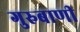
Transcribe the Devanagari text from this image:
गुरुबाणी